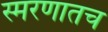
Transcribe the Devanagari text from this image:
स्मरणातच